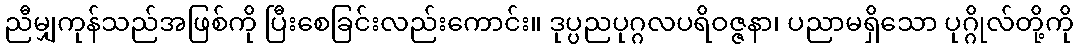
ညီမျှကုန်သည်အဖြစ်ကို ပြီးစေခြင်းလည်းကောင်း။ ဒုပ္ပညပုဂ္ဂလပရိဝဇ္ဇနာ၊ ပညာမရှိသော ပုဂ္ဂိုလ်တို့ကို